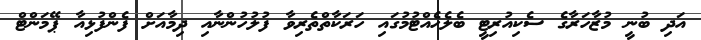
އަދި ބުނީ މުޒާހަރާގެ ސެކިއުރިޓީ ބެލެހެއްޓުމުގައި ހަރަކާތްތެރިވާ ފުލުހުންނާއި ދިމާއަށް ފެންފުޅިއާ ޕޭމަންޓް